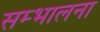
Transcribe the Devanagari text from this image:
सम्भालना